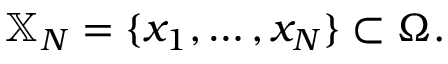
{ \mathbb X } _ { N } = \{ x _ { 1 } , \dots , x _ { N } \} \subset \Omega .